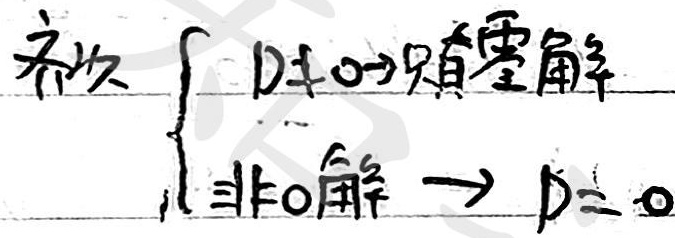
齐次
\[
\begin{cases}
D\neq0\Rightarrow\text{只有零解}\\
\text{非}0\text{解}\Rightarrow D = 0
\end{cases}
\]